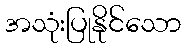
အသုံးပြုနိုင်သော